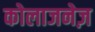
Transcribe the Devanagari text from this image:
कोलाजनेज़